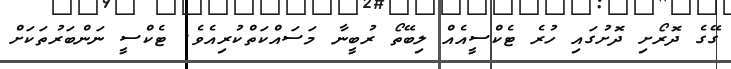
ގޭގެ ދޮރޯށި ދޮށުގައި ހުރެ ޓެކްސީއެއް ލިބޭތޯ ރުބީނާ މަސައްކަތްކުރިއެވެ. ޓެކްސީ ނަންބަރުތަކަށް